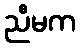
ညီမက